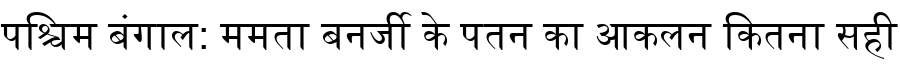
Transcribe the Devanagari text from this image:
पश्चिम बंगाल: ममता बनर्जी के पतन का आकलन कितना सही